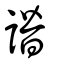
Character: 譖